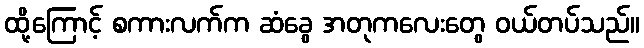
ထို့ကြောင့် စကားလက်က ဆံခွေ အတုကလေးတွေ ဝယ်တပ်သည်။